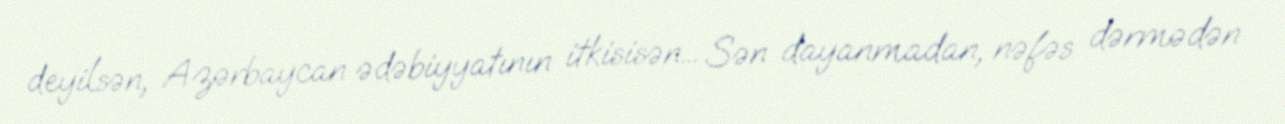
deyilsən, Azərbaycan ədəbiyyatının itkisisən... Sən dayanmadan, nəfəs dərmədən